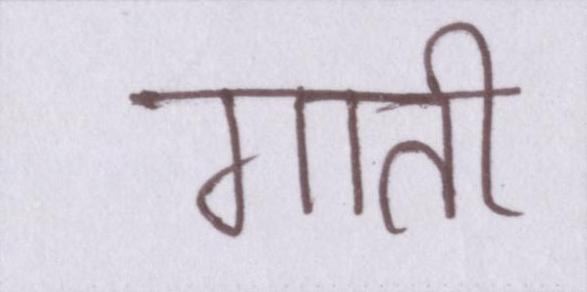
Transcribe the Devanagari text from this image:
गाती